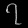
Digit: ၇